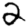
Digit: 2